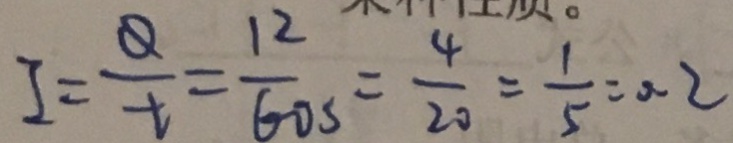
I = \frac { Q } { t } = \frac { 1 2 } { 6 0 s } = \frac { 4 } { 2 0 } = \frac { 1 } { 5 } = 0 . 2